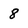
Character: 8